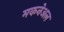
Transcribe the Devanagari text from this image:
मकनेअल